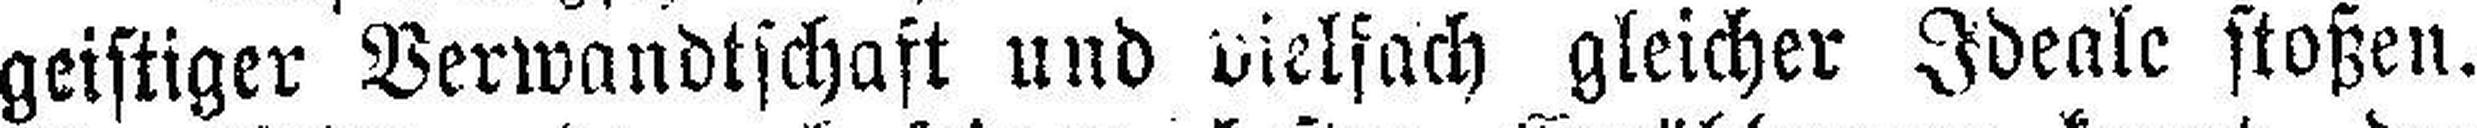
geistiger Verwandtschaft und vielfach gleicher Ideale stoßen.